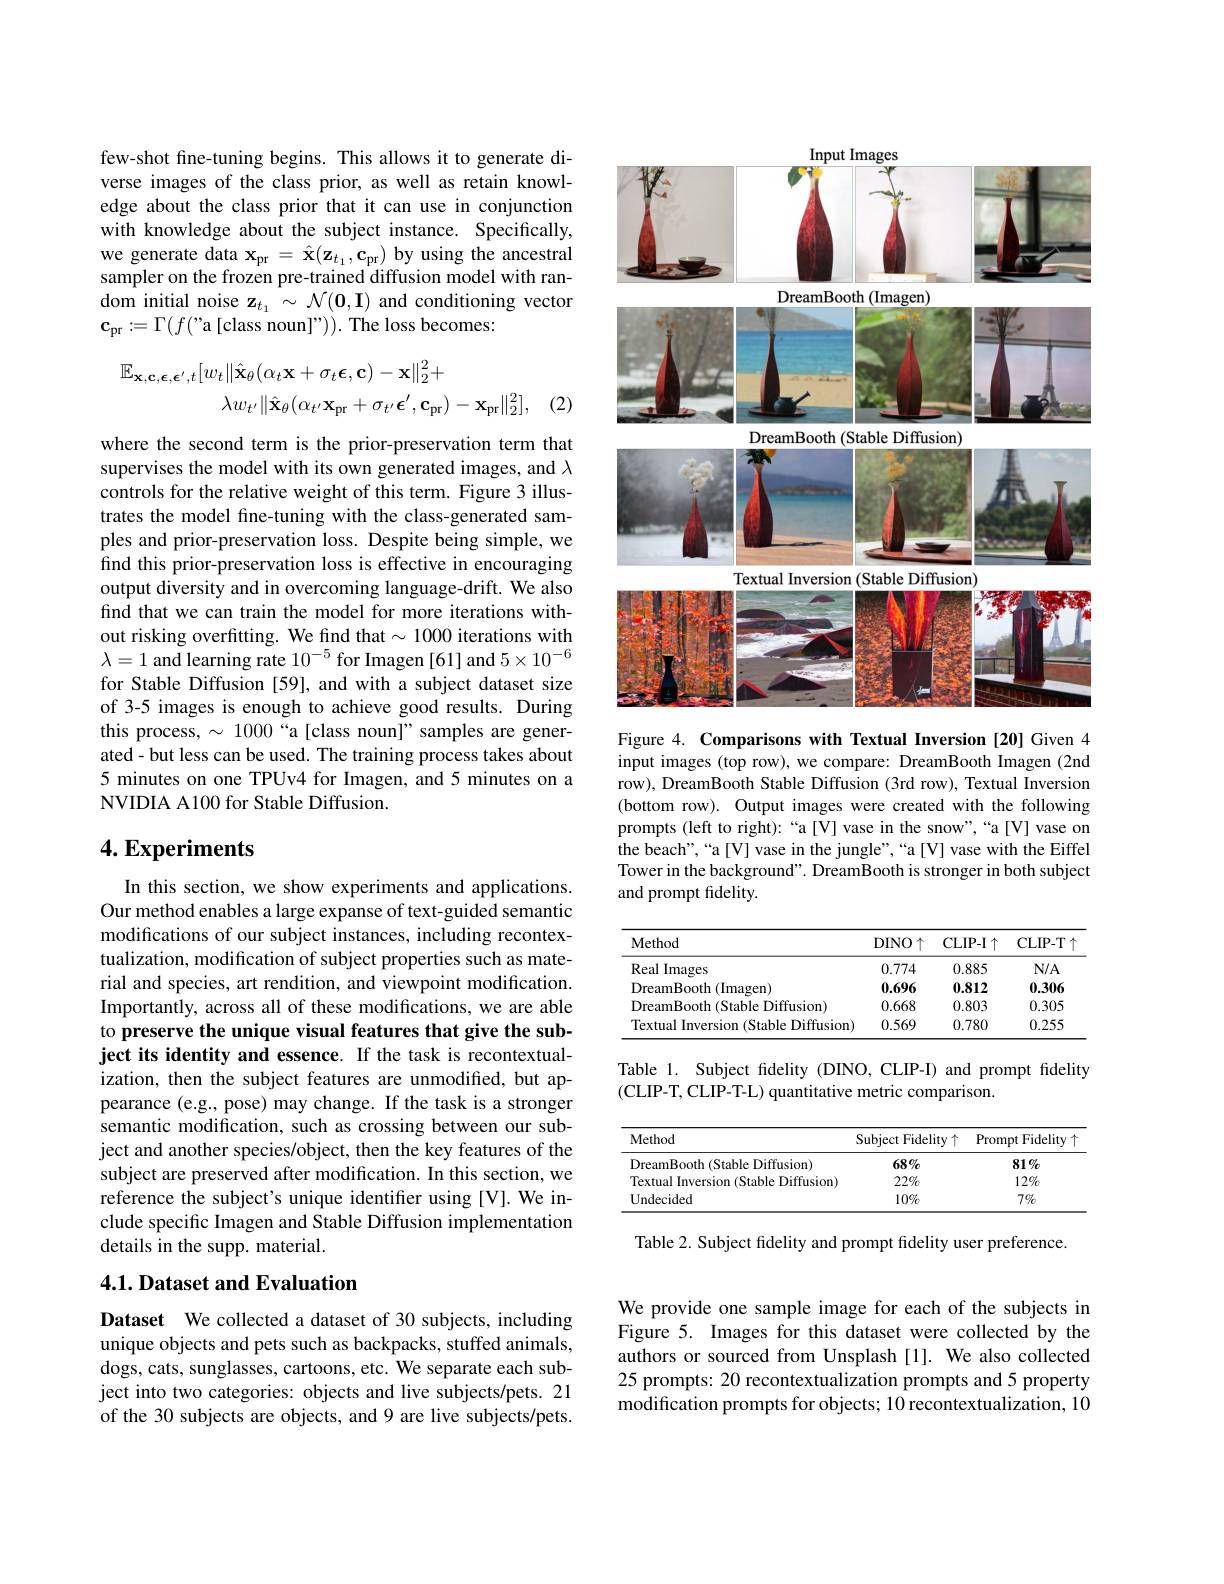
few-shot fine-tuning begins. This allows it to generate diverse images of the class prior, as well as retain knowledge about the class prior that it can use in conjunction with knowledge about the subject instance. Specifically, we generate data $\mathbf{x}_{\mathrm{pr}}=\hat{\mathbf{x}}(\mathbf{z}_{t_1},\mathbf{c}_{\mathrm{pr}})$ by using the ancestral sampler on the frozen pre-trained diffusion model with random initial noise $\mathbf{z}_{t_1}\sim\mathcal{N}(\mathbf{0},\mathbf{I})$ and conditioning vector $\mathbf{c}_{\mathrm{pr}}:=\Gamma(f($"a[class noun]")). The loss becomes:
$$\mathbb{E}_{\mathbf{x},\mathbf{c},\boldsymbol{\epsilon},\boldsymbol{\epsilon}^{\prime},t}[w_{t}\|\hat{\mathbf{x}}_{\theta}(\alpha_{t}\mathbf{x}+\sigma_{t}\boldsymbol{\epsilon},\mathbf{c})-\mathbf{x}\|_{2}^{2}+\\\lambda w_{t^{\prime}}\|\hat{\mathbf{x}}_{\theta}(\alpha_{t^{\prime}}\mathbf{x}_{\mathrm{pr}}+\sigma_{t^{\prime}}\boldsymbol{\epsilon}^{\prime},\mathbf{c}_{\mathrm{pr}})-\mathbf{x}_{\mathrm{pr}}\|_{2}^{2}],$$
(2)

where the second term is the prior-preservation term that supervises the model with its own generated images, and $\lambda$ controls for the relative weight of this term. Figure 3 illustrates the model fine-tuning with the class-generated samples and prior-preservation loss. Despite being simple, we find this prior-preservation loss is effective in encouraging output diversity and in overcoming language-drift. We also find that we can train the model for more iterations without risking overfitting. We find that $\sim1000$ iterations with $\lambda=1$ and learning rate $10^-5$ for Imagen [61] and $5\times10^{-6}$ for Stable Diffusion [59], and with a subject dataset size of 3-5 images is enough to achieve good results. During this process, $\sim1000$ “a[class noun]" samples are generated-but less can be used. The training process takes about 5 minutes on one TPUv4 for Imagen, and 5 minutes on a NVIDIA A100 for Stable Diffusion.

## $4. \textbf{Experiments}$

In this section, we show experiments and applications. Our method enables a large expanse of text-guided semantic modifications of our subject instances, including recontextualization, modification of subject properties such as material and species, art rendition, and viewpoint modification. Importantly, across all of these modifications, we are able to preserve the unique visual features that give the subject its identity and essence. If the task is recontextualization, then the subject features are unmodified, but appearance (e.g., pose) may change. If the task is a stronger semantic modification, such as crossing between our subject and another species/object, then the key features of the subject are preserved after modification. In this section, we reference the subject's unique identifer using [V]. We include specific Imagen and Stable Diffusion implementation details in the supp. material.

### $4. 1. \textbf{Dataset and Evaluation}$

Dataset We collected a dataset of 30 subjects, including unique objects and pets such as backpacks, stuffed animals, dogs, cats, sunglasses, cartoons, etc. We separate each subject into two categories: objects and live subjects/pets. 21 of the 30 subjects are objects, and 9 are live subjects/pets.

<FigureHere>

Figure 4. Comparisons with Textual Inversion [20] Given 4 input images (top row), we compare: DreamBooth Imagen (2nd row), DreamBooth Stable Diffusion (3rd row), Textual Inversion (bottom row). Output images were created with the following prompts (left to right):“a[V] vase in the snow",“a[V] vase on the beach",“a[V] vase in the jungle”,“a[V] vase with the Eiffel Tower in the background". DreamBooth is stronger in both subject and prompt fidelity.

<table>
	<tbody>
		<tr>
			<th>Method</th>
			<th>DINO$\uparrow$</th>
			<th>CLIP- I$\uparrow$</th>
			<th>CLIP- T</th>
		</tr>
		<tr>
			<td>Real Images</td>
			<td>0.774</td>
			<td>0.885</td>
			<td>$N/A$</td>
		</tr>
		<tr>
			<td>DreamBooth 1(Imagen)</td>
			<td>0.696</td>
			<td>0.812</td>
			<td>0.306</td>
		</tr>
		<tr>
			<td>DreamBooth (Stable Diffusion)</td>
			<td>0.668</td>
			<td>0.803</td>
			<td>0.305</td>
		</tr>
		<tr>
			<td>Textual Inversion (Stable Diffusion)</td>
			<td>0.569</td>
			<td>0.780</td>
			<td>0.255</td>
		</tr>
	</tbody>
</table>

Table 1. Subject fidelity (DINO, CLIP-I) and prompt fidelity
(CLIP-T, CLIP-T-L) quantitative metric comparison.

<table>
	<tbody>
		<tr>
			<th>Method</th>
			<th>Subject Fidelity $\uparrow$</th>
			<th>Prompt Fidelity</th>
		</tr>
		<tr>
			<td>DreamBooth (Stable Diffusion)</td>
			<td>$68\%$</td>
			<td>$81\%$</td>
		</tr>
		<tr>
			<td>Textual Inversion (Stable Diffusion)</td>
			<td>$22\%$</td>
			<td>$12\%$</td>
		</tr>
		<tr>
			<td>Undecided</td>
			<td>10%</td>
			<td>$7\%$</td>
		</tr>
	</tbody>
</table>

Table 2. Subject fidelity and prompt fidelity user preference.

We provide one sample image for each of the subjects in Figure 5. Images for this dataset were collected by the authors or sourced from Unsplash [1]. We also collected 25 prompts: 20 recontextualization prompts and 5 property modification prompts for objects; 10 recontextualization, 10